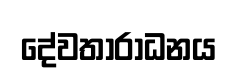
දේවතාරාධනය